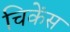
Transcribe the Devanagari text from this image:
चिकेंस